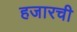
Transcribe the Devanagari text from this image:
हजारची